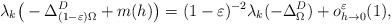
LaTeX: \begin{align*} \lambda_{k} \big( - \Delta_{( 1 - \varepsilon ) \Omega}^{D} + m ( h ) \big) = ( 1 - \varepsilon )^{- 2} \lambda_{k} ( - \Delta_{\Omega}^{D} ) + o_{h \to 0}^{\varepsilon} ( 1 ) ,\end{align*}